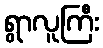
ရွာလူကြီး